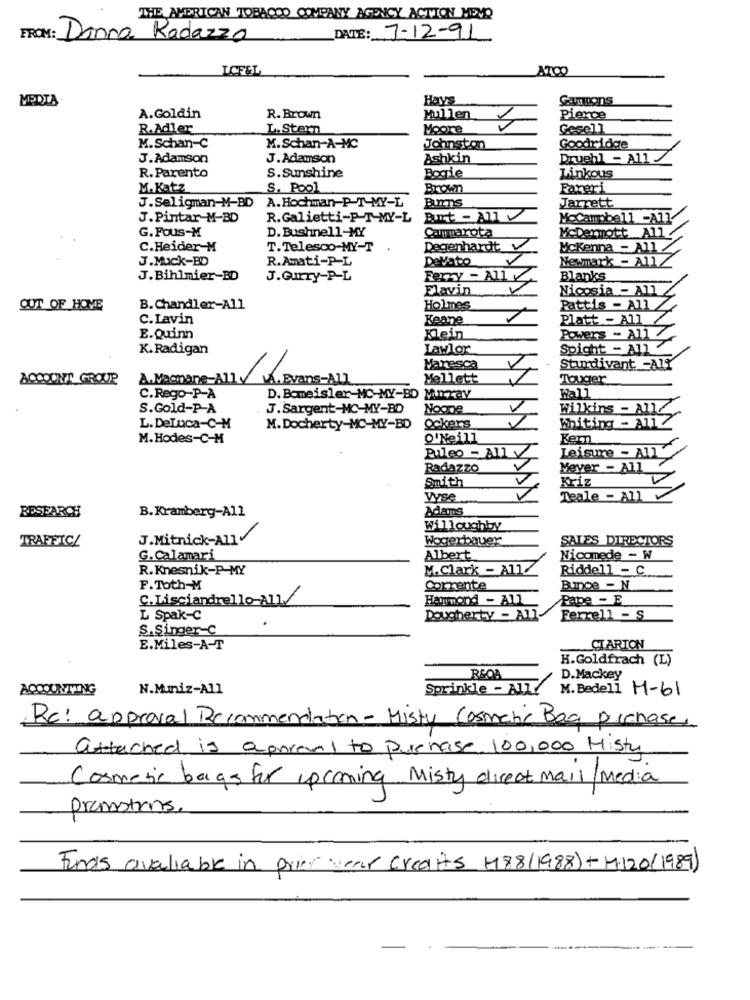
THE AMERICAN TOBACCO COMPANY AGENCY ACTION MEVO
FROM: Donna Radazzo
DATE: 7-12-91
LCFEL
ATCO
MEDIA
Hays
Cantons
A.Goldin
R. Brown
Mullen
Pierce
R.Adler
L. Stern
Moore
Gesell
M.Schan-C
M.Schan-A-MC
Johnston
Goodridge
J. Adamson
J. Adamson
Ashkin
Druehl - All
R. Parento
Bogie
Linkous
S.Sunshine
M.Katz
S. Pool
Brown
Fareri
J.Seligman-M-BD A. Hochman-P-T-MY-L
Burns
Jarrett
J.Pintar-M-BD
R.Galietti-P-T-MY-L
Buurt - AU
McCampbell -All
G. Fous-M
D. Bushnell-MY
Cammarota
McDermott __ All /
C.Heider-M
T. Telesco-MY-T
Degenhardt
Mckenna - All /
J.Muck-BD
R.Amati-P-L
Devato
Newmark - AllZ
J.Bihlmier-BD
J.Gurry-P-L
Ferry - Ally
Blanks
-
Flavin
Nicosia - All
OUT OF HOME
B. Chandler-All
Holmes
Pattis - All /
C.Lavin
Keane
Platt - All /
Powers - All Z
E.Quinn
Klein
K.Radigan
Lawlor
Soight - A
Maresca
Sturdivant -AIT
ACCOUNT_GROUP
A. Mammane-All VA. Evans-All
Mellett
Touger
C.Rego-P-A
D. Bomeisler-MC-MY-BD Murray
Wall
S.Gold-P-A
J. Sargent-MC-MY-BD
Noone
V
Wilkins - All/
Ockers
Whiting - All /
L. DeLuca-C-M
M. Docherty-MC-MY-BD
M. Hodes-C-M
O'Neill
Kern
Puleo - AU
Leisure - AUT
Radazzo
Meyer - All
Smith
V
Kriz
Vyse
Reale - All
RESEARCH
B. Kramberg-All
Adans
Willoughby
TRAFFIC/
J.Mitnick-All/
Wogerbauer
SALES DIRECTORS
G.Calamari
Albert
Nicomede - W
R. Knesnik-P-MY
M.Clark - All/
Riddell - C
F.Toth-M
Corrente
Bunce - N
C.Lisciandrello-All./
Hammond - All
Pape - E
L Spak-C
Dougherty - All
Ferrell - S
S.Singer-C
E.Miles-A-T
CIARTON
H.Goldfrach (L)
R&OA
D.Mackey
ACCOUNTING
N.Muniz-All
Sprinkle - ATT/
M. Bedell H-61
Re: approval Recommendation - Misty Cosmetic Bag prahase
attached is aporeal to purchase, 100,000 Hist
Cosmetic bags for upcoming Misty direct mail/Media
promotions.
Funds avaliable in prier wear Credits H88/1988) + 4.120/1989)